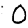
Digit: 0